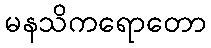
မနသိကရောတော